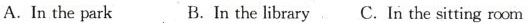
A. In the park B. In the library C. In the sitting room